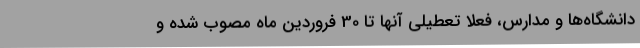
دانشگاه‌ها و مدارس، فعلا تعطیلی آنها تا 30 فروردین ماه مصوب شده و